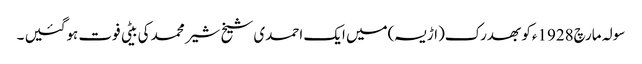
سولہ مارچ1928ءکو بھدرک(اڑیسہ)میں ایک احمدی شیخ شیر محمد کی بیٹی فوت ہوگئیں ۔